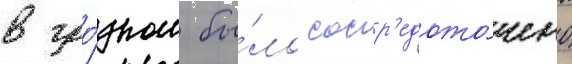
в гро́зном бы́ло соср'едото́чено